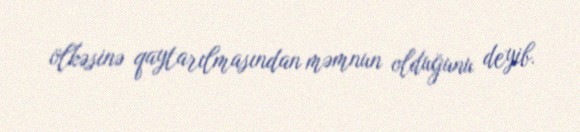
ölkəsinə qaytarılmasından məmnun olduğunu deyib.